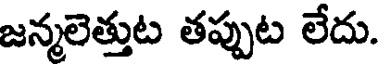
జన్మలెత్తుట తప్పుట లేదు.